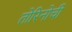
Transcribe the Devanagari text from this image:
तोरिनोची